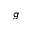
g